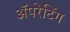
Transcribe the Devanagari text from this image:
ॲपरेटिंग